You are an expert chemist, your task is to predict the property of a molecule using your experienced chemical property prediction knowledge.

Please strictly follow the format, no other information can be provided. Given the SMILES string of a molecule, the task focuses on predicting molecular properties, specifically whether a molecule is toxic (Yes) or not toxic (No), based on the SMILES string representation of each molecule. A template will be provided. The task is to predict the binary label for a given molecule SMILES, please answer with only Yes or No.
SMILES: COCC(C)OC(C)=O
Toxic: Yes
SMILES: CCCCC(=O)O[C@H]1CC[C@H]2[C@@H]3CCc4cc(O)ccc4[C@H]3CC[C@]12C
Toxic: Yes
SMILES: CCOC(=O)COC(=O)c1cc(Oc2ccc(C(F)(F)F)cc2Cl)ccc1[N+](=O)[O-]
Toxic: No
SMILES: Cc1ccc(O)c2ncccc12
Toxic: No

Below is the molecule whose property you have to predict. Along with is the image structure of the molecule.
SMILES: CC(=O)N1CCN(c2ccc(O)cc2)CC1
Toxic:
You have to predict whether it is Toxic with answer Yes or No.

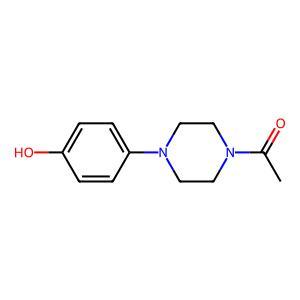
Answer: No